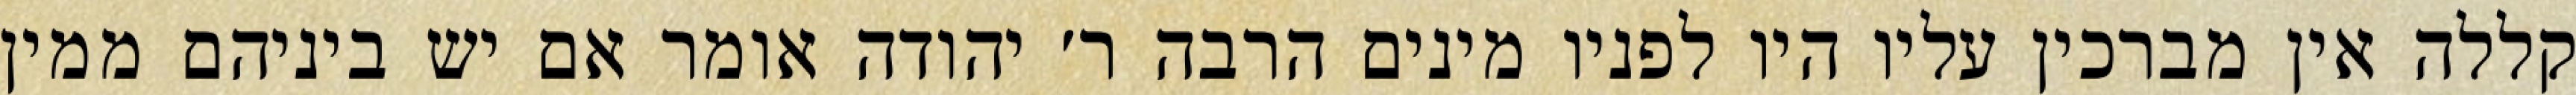
קללה אין מברכין עליו היו לפניו מינים הרבה ר׳ יהודה אומר אם יש ביניהם ממין